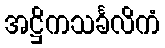
အဋ္ဌိကသင်္ခလိကံ